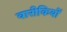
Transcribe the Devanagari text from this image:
वारीकियों